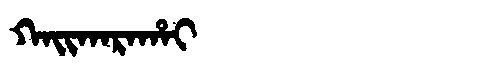
Manchu: ᡴᠠᡳᡴᠠᡵᠠᡥᠠᡳ
Romanization: KAIKARAHAI